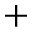
+